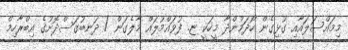
މިމައްސަލައާއި ގުޅިގެން ހޯދަމުންދާ މީހަކީ ޏ. ފުވައްމުލައް މާލެގަން / ދަނބުގަސްދޮށުގެ އިބްރާހިމް